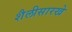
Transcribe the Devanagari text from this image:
शैलीसारखे